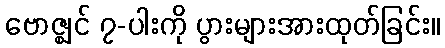
ဗောဇ္ဈင် ၇-ပါးကို ပွားများအားထုတ်ခြင်း။